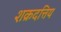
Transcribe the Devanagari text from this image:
शक्रदत्तिय